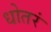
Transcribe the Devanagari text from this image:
धोतरं